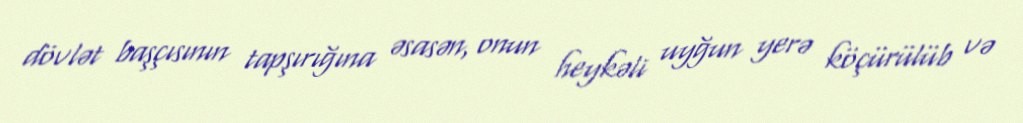
dövlət başçısının tapşırığına əsasən, onun heykəli uyğun yerə köçürülüb və